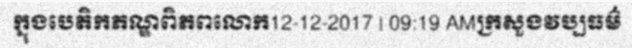
ក្នុងបេតិកភណ្ឌពិភពលោក12-12-2017 | 09:19 AMក្រសួងវប្បធម៌